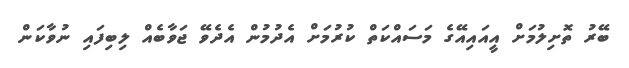
ބޭރު ތޮށިލުމަށް އީއައިއޭގެ މަސައްކަތް ކުރުމަށް އެދުމުން އެދެވޭ ޖަވާބެއް ލިބިފައި ނުވާކަން